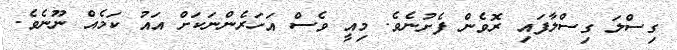
ގިސްލަ ގިސްލާފައި ރޮވެން ފެށުނެވެ. މިއީ ވެސް އަހަރެންނަކަށް އައު ކަމެއް ނޫނެވެ.